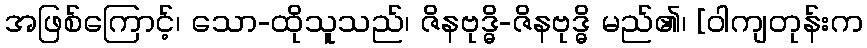
အဖြစ်ကြောင့်၊ သော-ထိုသူသည်၊ ဇိနဗုဒ္ဓိ-ဇိနဗုဒ္ဓိ မည်၏၊ [ဝါကျတုန်းက